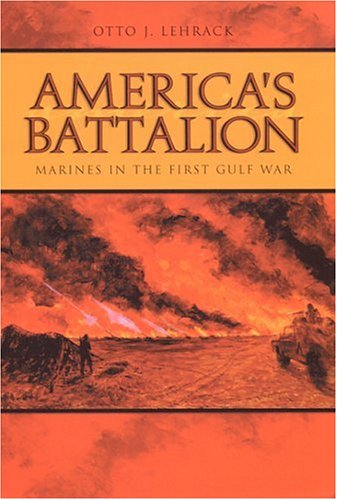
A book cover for America's Battalion: Marines in the First Gulf War; Otto J. Lehrack; History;